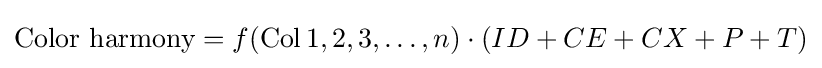
{\text{Color harmony}}=f(\operatorname {Col} 1,2,3,\dots ,n)\cdot (ID+CE+CX+P+T)